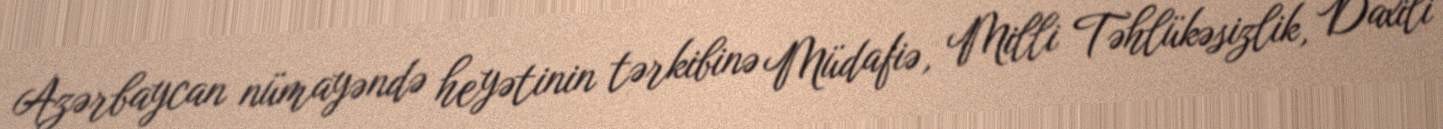
Azərbaycan nümayəndə heyətinin tərkibinə Müdafiə, Milli Təhlükəsizlik, Daxili